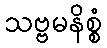
သဗ္ဗမနိစ္စံ